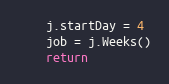
Language: Go
	j.startDay = 4
	job = j.Weeks()
	return